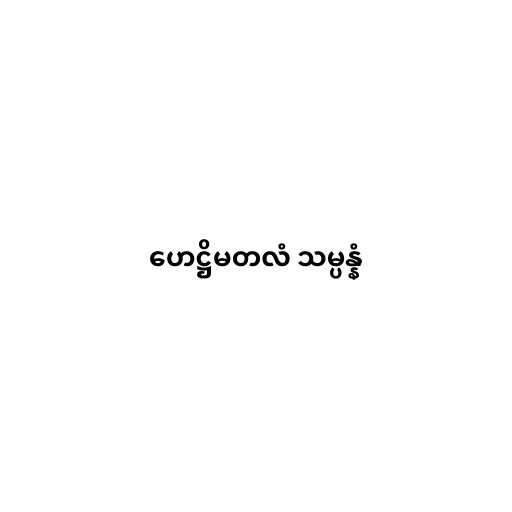
ဟေဋ္ဌိမတလံ သမ္ပန္နံ